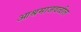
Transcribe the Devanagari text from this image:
आश्रमाजवळील